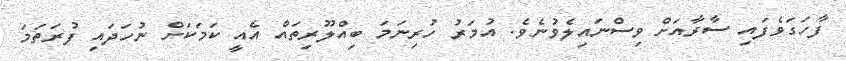
ފާހަގަވެފައި ސާރާއަށް ވިސްނައިލެވުނެވެ. އުމަރު ހުރިނަމަ ބިއްލޫރިތައް އެއީ ކަމަކަށް ނުހަދައި ފުރަތަމަ